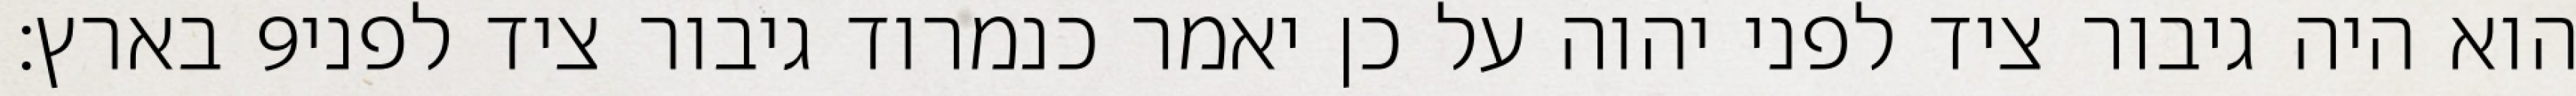
בארץ׃ ‎9‏ הוא היה גיבור ציד לפני יהוה על כן יאמר כנמרוד גיבור ציד לפני